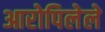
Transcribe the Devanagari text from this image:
आरोपिलेले